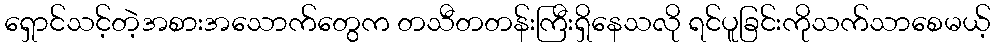
ရှောင်သင့်တဲ့အစားအသောက်တွေက တသီတတန်းကြီးရှိနေသလို ရင်ပူခြင်းကိုသက်သာစေမယ့်